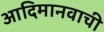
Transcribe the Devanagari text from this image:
आदिमानवाची